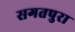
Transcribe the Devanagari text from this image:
सगतपुरा